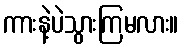
ကားနဲ့ပဲသွားကြမလား။